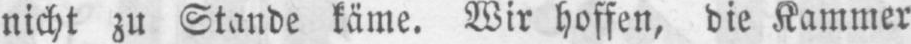
nicht zu Stande käme. Wir hoffen, die Kammer